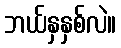
ဘယ်နှနှစ်လဲ။